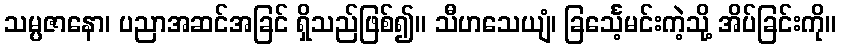
သမ္ပဇာနော၊ ပညာအဆင်အခြင် ရှိသည်ဖြစ်၍။ သီဟသေယျံ၊ ခြင်္သေ့မင်းကဲ့သို့ အိပ်ခြင်းကို။